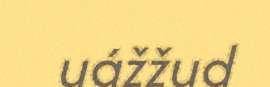
uážžud